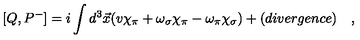
[ Q , P ^ { - } ] = i \int d ^ { 3 } \vec { x } ( v \chi _ { \pi } + \omega _ { \sigma } \chi _ { \pi } - \omega _ { \pi } \chi _ { \sigma } ) + ( d i v e r g e n c e ) \quad ,